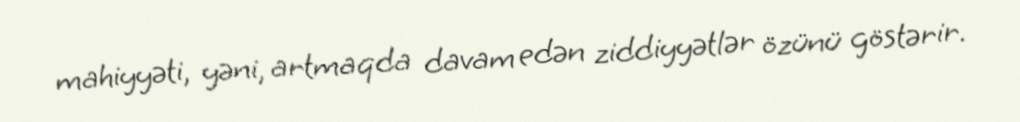
mahiyyəti, yəni, artmaqda davam edən ziddiyyətlər özünü göstərir.